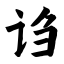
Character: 诌